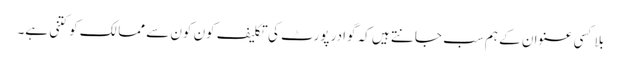
بلا کسی عنوان کے ہم سب جانتے ہیں کہ گوادر پورٹ کی تکلیف کون کون سے ممالک کو کتنی ہے۔